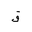
Letter: _qaf